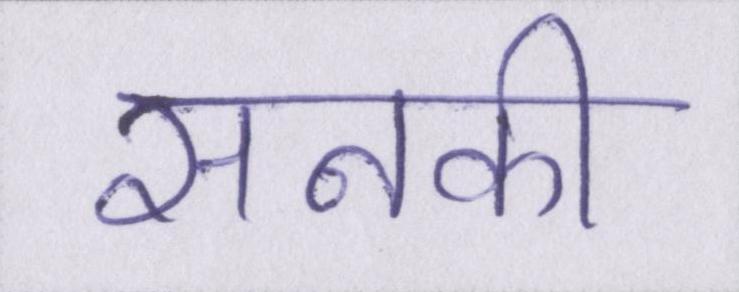
सनकी